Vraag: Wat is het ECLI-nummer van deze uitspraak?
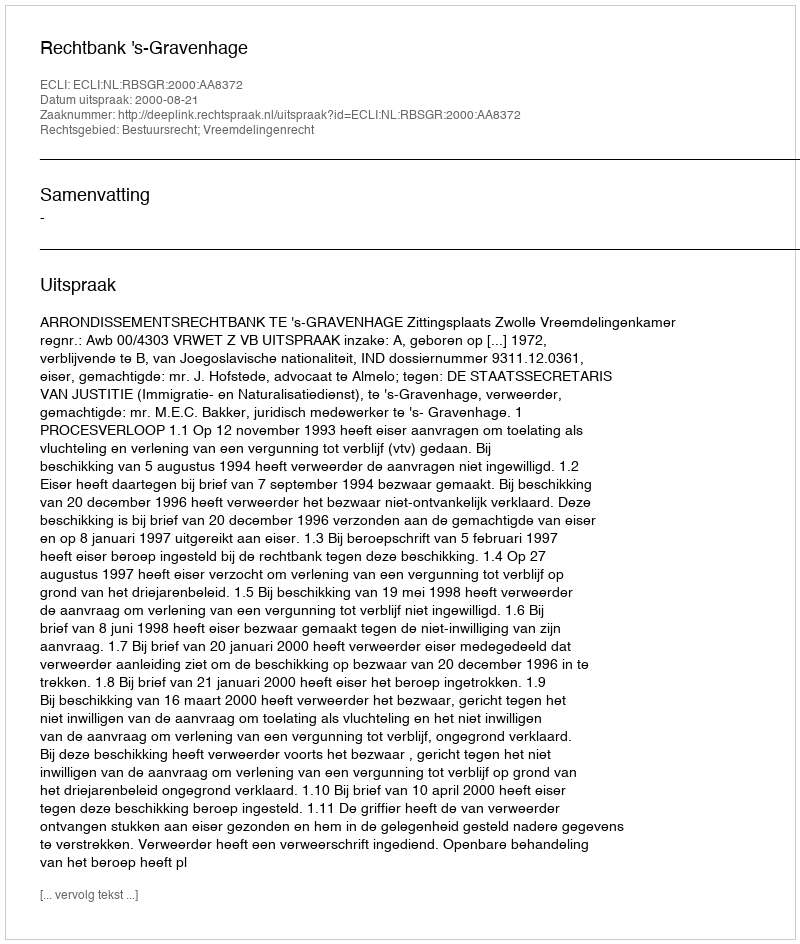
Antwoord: ECLI:NL:RBSGR:2000:AA8372